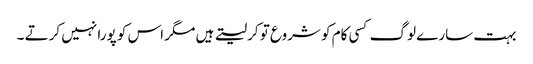
بہت سارے لوگ کسی کام کو شروع تو کرلیتے ہیں مگر اس کو پورا نہیں کرتے ۔